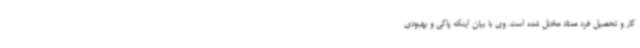
کار و تحصیل فرد معتاد مختل شده است. وی با بیان اینکه پاکی و بهبودی